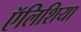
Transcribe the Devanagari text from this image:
ऍलिशिया